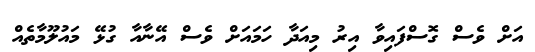
އަށް ވެސް ގޮސްފައިވާ އިރު މިއަދާ ހަމައަށް ވެސް އޭނާއާ ގުޅޭ މައުލޫމާތެއް